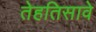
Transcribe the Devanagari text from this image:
तेहतिसावे